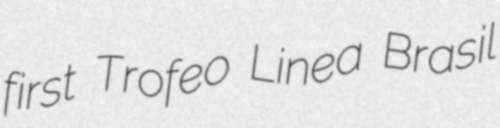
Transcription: first Trofeo Linea Brasil